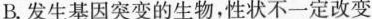
B.发生基因突变的生物，性状不一定改变